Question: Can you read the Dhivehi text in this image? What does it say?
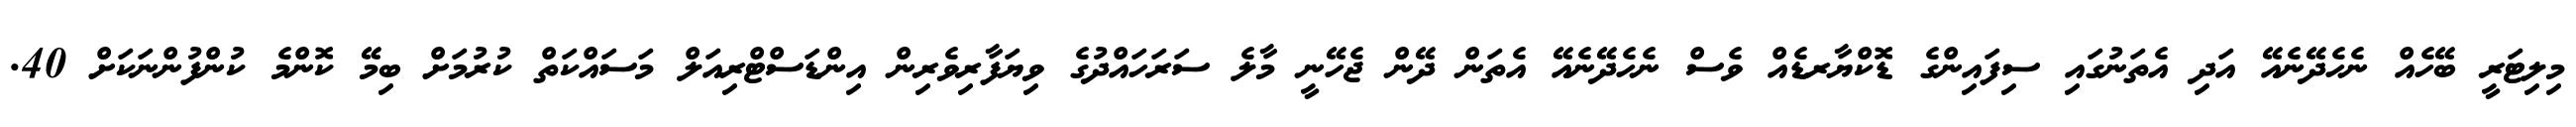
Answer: މިލިޓަރީ ބޭހެއް ނެހެދޭނެއޭ އަދި އެތަނުގައި ސިފައިންގެ ޑޮކްޔާރޑެއް ވެސް ނެހެދޭނެއޭ އެތަން ދޭން ޖެހޭނީ މާލެ ސަރަހައްދުގެ ވިޔަފާރިވެރިން އިންޑަސްޓްރިއަލް މަސައްކަތް ކުރުމަށް ބިމޭ ކޮންމެ ކުންފުންނަކަށް 40.